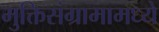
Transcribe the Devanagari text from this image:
मुक्तिसंग्रामामध्ये